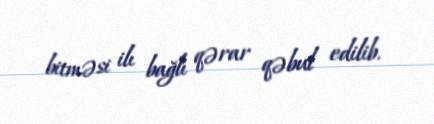
bitməsi ilı bağlı qərar qəbul edilib.